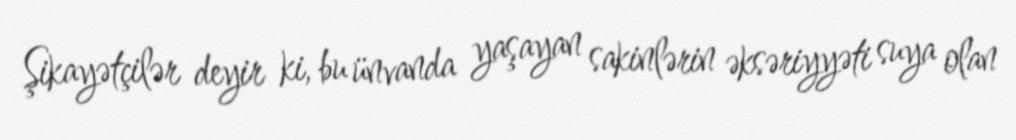
Şikayətçilər deyir ki, bu ünvanda yaşayan sakinlərin əksəriyyəti suya olan